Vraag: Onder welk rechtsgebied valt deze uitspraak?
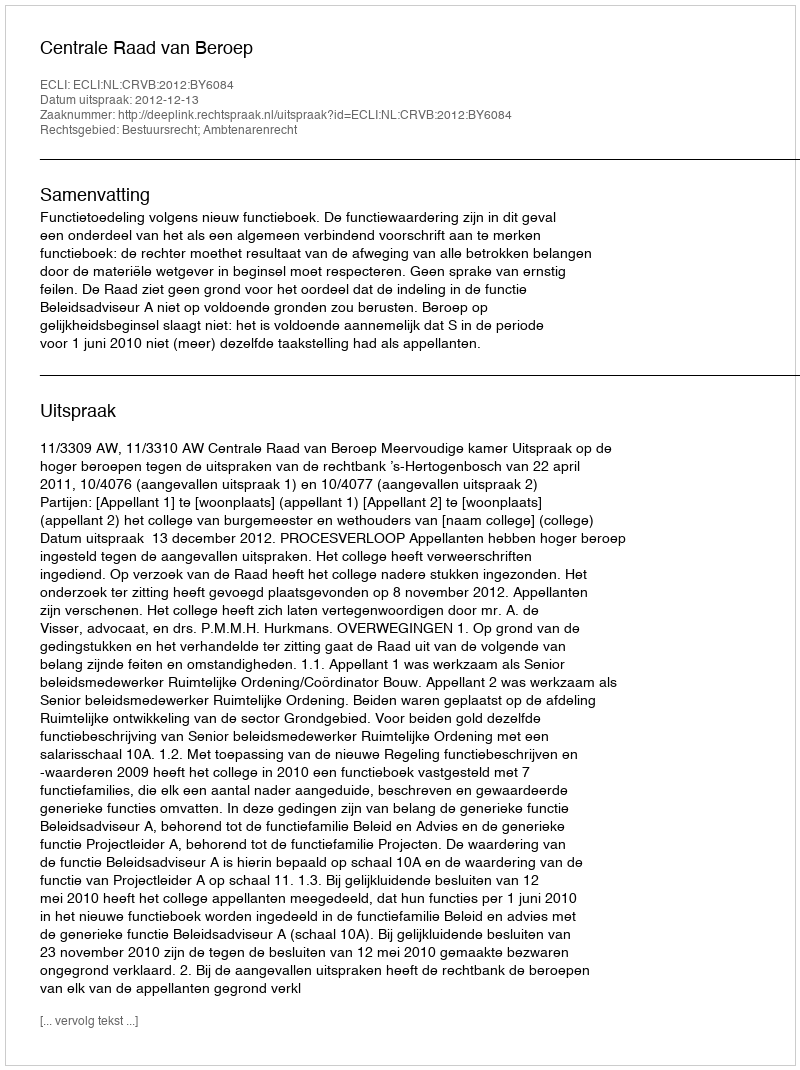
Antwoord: Bestuursrecht; Ambtenarenrecht